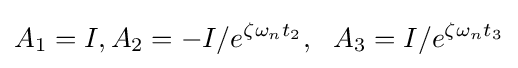
A_{1}=I,A_{2}=-I/e^{\zeta \omega _{n}t_{2}},\ \ A_{3}=I/e^{\zeta \omega _{n}t_{3}}